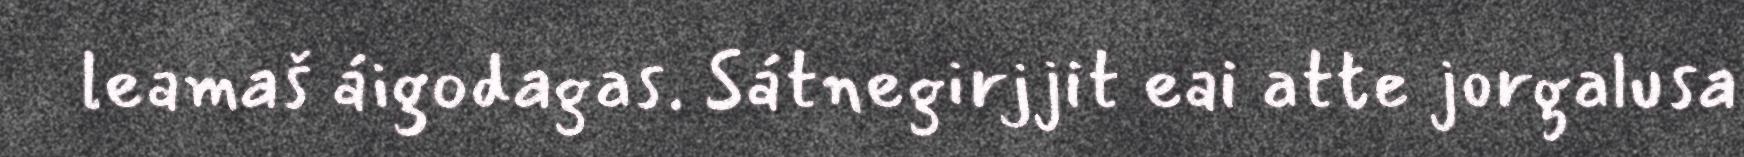
leamaš áigodagas. Sátnegirjjit eai atte jorgalusa